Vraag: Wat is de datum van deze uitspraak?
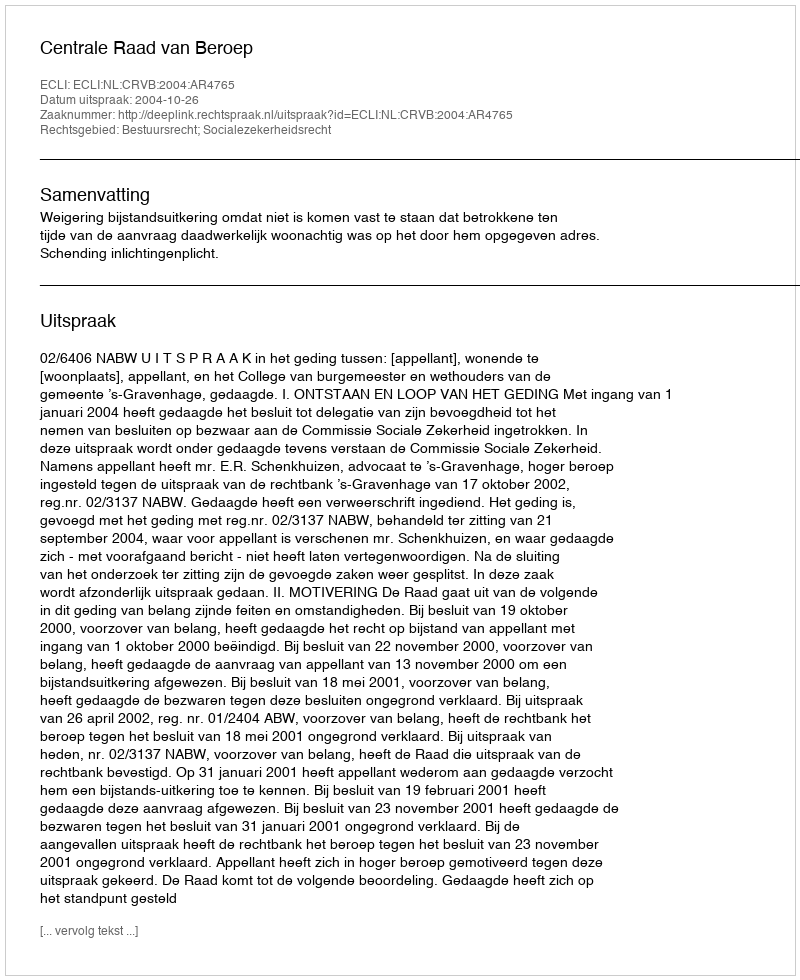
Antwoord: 2004-10-26